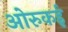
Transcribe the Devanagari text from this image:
ओरुकई